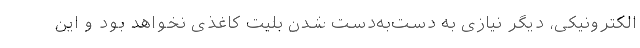
الکترونیکی، دیگر نیازی به دست‌به‌دست شدن بلیت کاغذی نخواهد بود و این